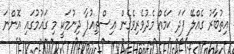
އިތުބާރު ގެއްލޭ ފަދަ ކަމެއް މެދުވެރިވެގެން އިސްތިއުފާ ދިނުމަކީ މި ގައުމުގައި އޮންނަ